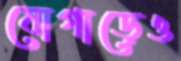
যোগাড়েও